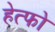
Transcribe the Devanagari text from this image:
हेत्फो